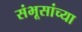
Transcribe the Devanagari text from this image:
संभूसांच्या